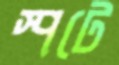
স্পটে